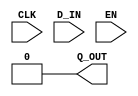

// Copyright (c) 2000-2009 Bluespec, Inc.

// Permission is hereby granted, free of charge, to any person obtaining a copy
// of this software and associated documentation files (the "Software"), to deal
// in the Software without restriction, including without limitation the rights
// to use, copy, modify, merge, publish, distribute, sublicense, and/or sell
// copies of the Software, and to permit persons to whom the Software is
// furnished to do so, subject to the following conditions:

// The above copyright notice and this permission notice shall be included in
// all copies or substantial portions of the Software.

// THE SOFTWARE IS PROVIDED "AS IS", WITHOUT WARRANTY OF ANY KIND, EXPRESS OR
// IMPLIED, INCLUDING BUT NOT LIMITED TO THE WARRANTIES OF MERCHANTABILITY,
// FITNESS FOR A PARTICULAR PURPOSE AND NONINFRINGEMENT. IN NO EVENT SHALL THE
// AUTHORS OR COPYRIGHT HOLDERS BE LIABLE FOR ANY CLAIM, DAMAGES OR OTHER
// LIABILITY, WHETHER IN AN ACTION OF CONTRACT, TORT OR OTHERWISE, ARISING FROM,
// OUT OF OR IN CONNECTION WITH THE SOFTWARE OR THE USE OR OTHER DEALINGS IN
// THE SOFTWARE.
//
// $Revision: 18220 $
// $Date: 2009-10-27 15:19:11 +0000 (Tue, 27 Oct 2009) $

`ifdef BSV_ASSIGNMENT_DELAY
`else
`define BSV_ASSIGNMENT_DELAY
`endif

module RevertReg(CLK, Q_OUT, D_IN, EN);
   // synopsys template

   parameter width = 1;
   parameter init  = { width {1'b0} } ;

   input     CLK;
   input     EN;
   input [width - 1 : 0] D_IN;
   output [width - 1 : 0] Q_OUT;

   assign Q_OUT = init;
endmodule